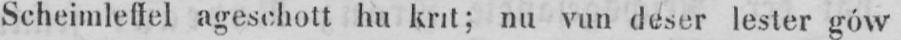
Scheimleffel ageschott hu krit; nu vun deser lester gów